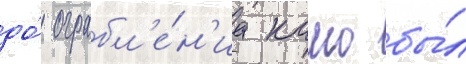
до́ ограбл'е́н'иа камо бы́л